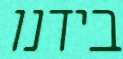
בידנו